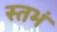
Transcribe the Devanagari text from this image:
स्तभं